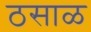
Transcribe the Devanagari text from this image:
ठसाळ